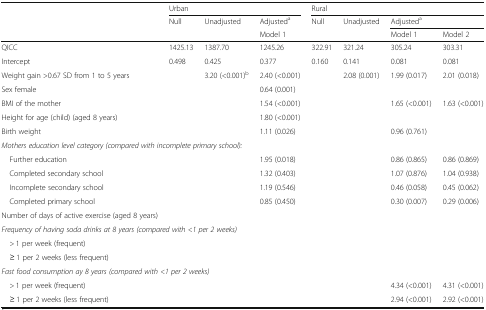
<table><thead><tr><td></td><td colspan="3"><b>Urban</b></td><td colspan="4"><b>Rural</b></td></tr><tr><td></td><td><b>Null</b></td><td><b>Unadjusted</b></td><td><b>Adjusted<sup>a</sup></b></td><td><b>Null</b></td><td><b>Unadjusted</b></td><td colspan="2"><b>Adjusted<sup>a</sup></b></td></tr><tr><td></td><td></td><td></td><td><b>Model 1</b></td><td></td><td></td><td><b>Model 1</b></td><td><b>Model 2</b></td></tr></thead><tbody><tr><td>QICC</td><td>1425.13</td><td>1387.70</td><td>1245.26</td><td>322.91</td><td>321.24</td><td>305.24</td><td>303.31</td></tr><tr><td>Intercept</td><td>0.498</td><td>0.425</td><td>0.377</td><td>0.160</td><td>0.141</td><td>0.081</td><td>0.081</td></tr><tr><td>Weight gain &gt;0.67 SD from 1 to 5 years</td><td></td><td>3.20 (&lt;0.001)<sup>b</sup></td><td>2.40 (&lt;0.001)</td><td></td><td>2.08 (0.001)</td><td>1.99 (0.017)</td><td>2.01 (0.018)</td></tr><tr><td>Sex female</td><td></td><td></td><td>0.64 (0.001)</td><td></td><td></td><td></td><td></td></tr><tr><td>BMI of the mother</td><td></td><td></td><td>1.54 (&lt;0.001)</td><td></td><td></td><td>1.65 (&lt;0.001)</td><td>1.63 (&lt;0.001)</td></tr><tr><td>Height for age (child) (aged 8 years)</td><td></td><td></td><td>1.80 (&lt;0.001)</td><td></td><td></td><td></td><td></td></tr><tr><td>Birth weight</td><td></td><td></td><td>1.11 (0.026)</td><td></td><td></td><td>0.96 (0.761)</td><td></td></tr><tr><td colspan="8"><i>Mothers education level category (compared with incomplete primary school):</i></td></tr><tr><td> Further education</td><td></td><td></td><td>1.95 (0.018)</td><td></td><td></td><td>0.86 (0.865)</td><td>0.86 (0.869)</td></tr><tr><td> Completed secondary school</td><td></td><td></td><td>1.32 (0.403)</td><td></td><td></td><td>1.07 (0.876)</td><td>1.04 (0.938)</td></tr><tr><td> Incomplete secondary school</td><td></td><td></td><td>1.19 (0.546)</td><td></td><td></td><td>0.46 (0.058)</td><td>0.45 (0.062)</td></tr><tr><td> Completed primary school</td><td></td><td></td><td>0.85 (0.450)</td><td></td><td></td><td>0.30 (0.007)</td><td>0.29 (0.006)</td></tr><tr><td>Number of days of active exercise (aged 8 years)</td><td></td><td></td><td></td><td></td><td></td><td></td><td></td></tr><tr><td colspan="8"><i>Frequency of having soda drinks at 8 years (compared with &lt;1 per 2 weeks)</i></td></tr><tr><td> &gt; 1 per week (frequent)</td><td></td><td></td><td></td><td></td><td></td><td></td><td></td></tr><tr><td> ≥ 1 per 2 weeks (less frequent)</td><td></td><td></td><td></td><td></td><td></td><td></td><td></td></tr><tr><td colspan="8"><i>Fast food consumption ay 8 years (compared with &lt;1 per 2 weeks)</i></td></tr><tr><td> &gt; 1 per week (frequent)</td><td></td><td></td><td></td><td></td><td></td><td>4.34 (&lt;0.001)</td><td>4.31 (&lt;0.001)</td></tr><tr><td> ≥ 1 per 2 weeks (less frequent)</td><td></td><td></td><td></td><td></td><td></td><td>2.94 (&lt;0.001)</td><td>2.92 (&lt;0.001)</td></tr></tbody></table>